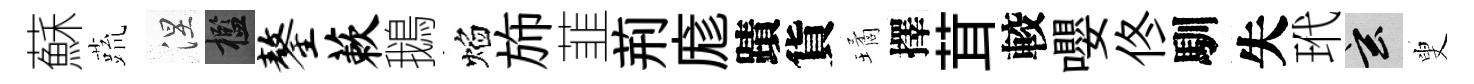
蘇蔬涅檻鏊蔌鵝焰斾韮荊庬蹟貨璚擇茸較嚶佟馴失玳玄叟